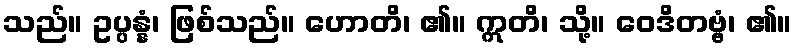
သည်။ ဥပ္ပန္နံ၊ ဖြစ်သည်။ ဟောတိ၊ ၏။ ဣတိ၊ သို့။ ဝေဒိတဗ္ဗံ၊ ၏။